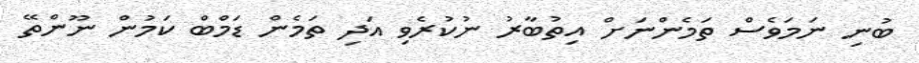
ބުނި ނަމަވެސް ތަމެންނަށް އިތުބާރު ނުކުރެވި އަދި ތަމެން ޑަމްބް ކަމުން ނޫންތޭ